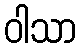
ဝါသာ